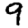
Digit: 9